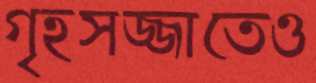
গৃহসজ্জাতেও